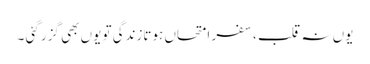
یوں نہ قلب ،سفر امتحاں ہوتازندگی تو یوں بھی گزر گئی ۔